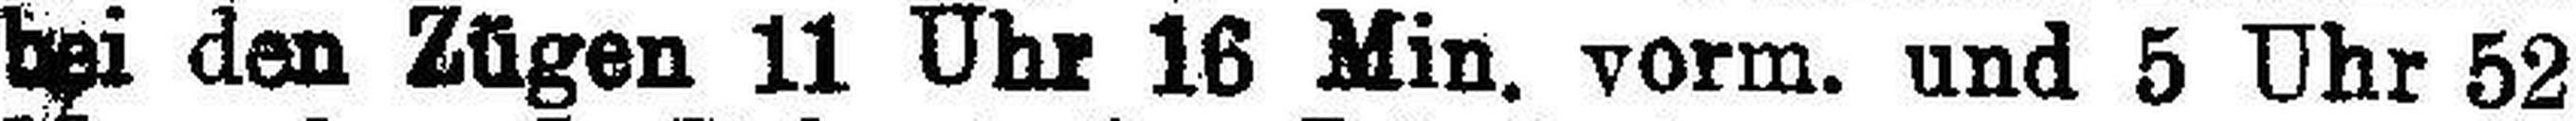
bei den Zügen 11 Uhr 16 Min. vorm, und 5 Uhr 52